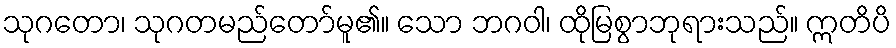
သုဂတော၊ သုဂတမည်တော်မူ၏။ သော ဘဂဝါ၊ ထိုမြစွာဘုရားသည်။ ဣတိပိ